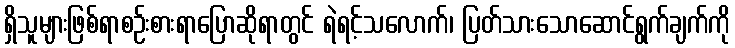
ရှိသူများဖြစ်ရာစဉ်းစားရာပြောဆိုရာတွင် ရဲရင့်သလောက်၊ ပြတ်သားသောဆောင်ရွက်ချက်ကို